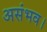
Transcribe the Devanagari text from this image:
असंभव।